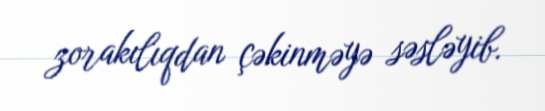
zorakılıqdan çəkinməyə səsləyib.